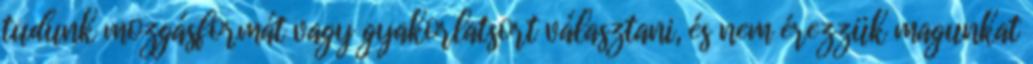
tudunk mozgásformát vagy gyakorlatsort választani, és nem érezzük magunkat